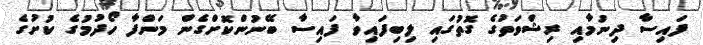
ފައިސާ ދިނުމާއި ރިޝްވަތުގެ ގޮތުގައި ލިބިފައިވާ ފައިސާ ބޭނުންކޮށްގެން މަންފާ ހޯދުމުގެ ކުށުގެ